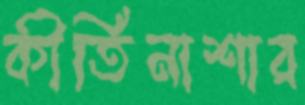
কীর্তিনাশার